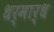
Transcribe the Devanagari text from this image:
धर्मार्ध